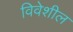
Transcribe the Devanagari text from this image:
विवेशील